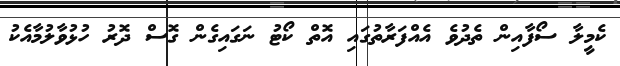
ކެމީލާ ސޯފާއިން ތެދުވެ އެއްފަރާތުގައި އޮތް ކޯޓު ނަގައިގެން ގޮސް ދޮރު ހުޅުވާލުމާއެކު